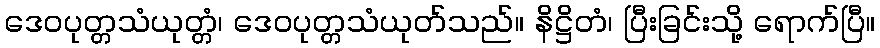
ဒေဝပုတ္တသံယုတ္တံ၊ ဒေဝပုတ္တသံယုတ်သည်။ နိဋ္ဌိတံ၊ ပြီးခြင်းသို့ ရောက်ပြီ။